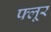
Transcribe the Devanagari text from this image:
फ्लूर